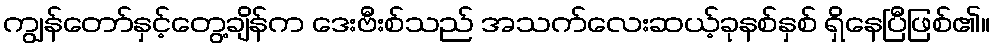
ကျွန်တော်နှင့်တွေ့ချိန်က ဒေးဗီးစ်သည် အသက်လေးဆယ့်ခုနစ်နှစ် ရှိနေပြီဖြစ်၏။